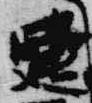
建